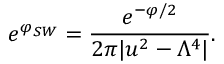
e ^ { \varphi _ { S W } } = { \frac { e ^ { - \varphi / 2 } } { 2 \pi | u ^ { 2 } - \Lambda ^ { 4 } | } } .